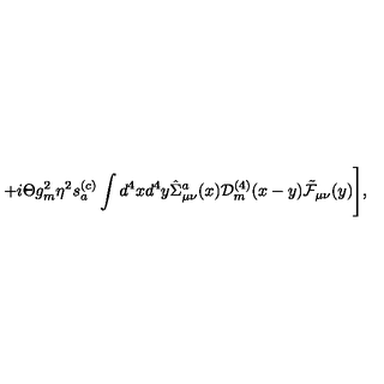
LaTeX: + i \Theta g _ { m } ^ { 2 } \eta ^ { 2 } s _ { a } ^ { ( c ) } \int d ^ { 4 } x d ^ { 4 } y \hat { \Sigma } _ { \mu \nu } ^ { a } ( x ) { \cal D } _ { m } ^ { ( 4 ) } ( x - y ) \tilde { \cal F } _ { \mu \nu } ( y ) \Biggr ] ,